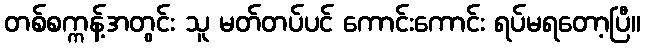
တစ်စက္ကန့်အတွင်း သူ မတ်တပ်ပင် ကောင်းကောင်း ရပ်မရတော့ပြီ။